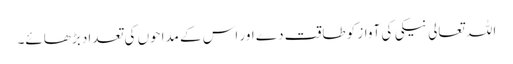
اللہ تعالی نیکی کی آواز کو طاقت دے اور اس کے مداحوں کی تعداد بڑھائے۔